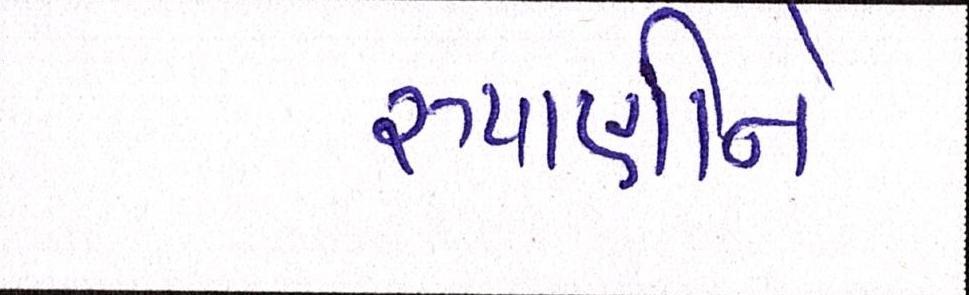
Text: રૂપાણીને